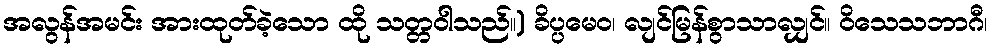
အလွန်အမင်း အားထုတ်ခဲ့သော ထို သတ္တဝါသည်။) ခိပ္ပမေဝ၊ လျင်မြန်စွာသာလျှင်။ ဝိသေသဘာဂီ၊